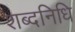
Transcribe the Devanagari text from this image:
शब्दनिधि